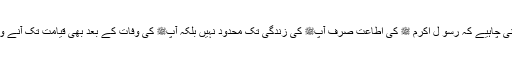
اطاعت رسول ﷺ کے بارے میں یہ بات پیش نظر رہنی چاہیے کہ رسو ل اکرم ﷺ کی اطاعت صرف آپﷺ کی زندگی تک محدود نہیں بلکہ آپﷺ کی وفات کے بعد بھی قیامت تک آنے والے تمام مسلمانوں کے لیے فرض قرار دی گئی ہے ۔